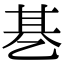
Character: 㐞